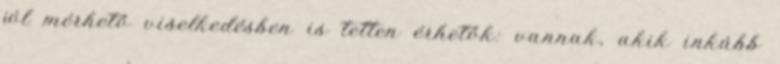
jól mérhető viselkedésben is tetten érhetők: vannak, akik inkább